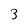
Character: 3